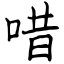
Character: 唶